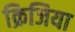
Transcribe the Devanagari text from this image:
क्रिजिया